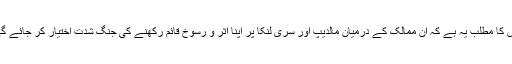
اس کا مطلب یہ ہے کہ ان ممالک کے درمیان مالدیپ اور سری لنکا پر اپنا اثر و رسوخ قائم رکھنے کی جنگ شدت اختیار کر جائے گی۔